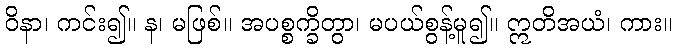
ဝိနာ၊ ကင်း၍။ န၊ မဖြစ်။ အပစ္စက္ခိတွာ၊ မပယ်စွန့်မူ၍။ ဣတိအယံ၊ ကား။